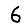
Digit: 6